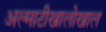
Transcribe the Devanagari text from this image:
अल्माटीखालोखाल